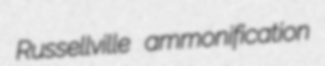
Russellville ammonification